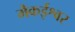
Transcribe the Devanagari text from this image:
मैकईश्वर